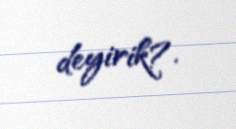
deyirik?.